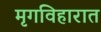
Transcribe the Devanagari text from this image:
मृगविहारात